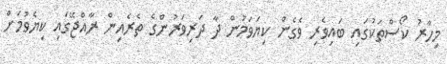
މިހާރު ކޯސްތަކުގައި ބައިވެރި ވެގެން ކިޔަވަމުން ދާ ދަރިވަރުންގެ ތެރެއިން ރާއްޖޭގައި ކިޔެވުމަށް